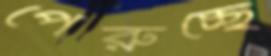
পেরুচ্ছে